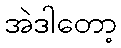
အဲဒါတော့